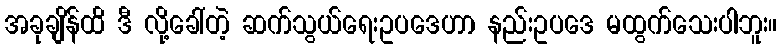
အခုချိန်ထိ ဒီ လို့ခေါ်တဲ့ ဆက်သွယ်ရေးဥပဒေဟာ နည်းဥပဒေ မထွက်သေးပါဘူး။